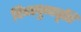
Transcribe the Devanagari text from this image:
दिव्यपुष्पवृष्टि